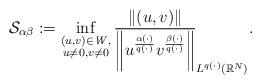
LaTeX: \begin{align*}\mathcal{S}_{\alpha\beta}:= \inf_{\substack{(u,v)\in \mathit{W},\\ u\neq 0, v\ne 0}}\frac{\|(u,v)\|}{\bigg\|u^{\frac{\alpha(\cdot)}{q(\cdot)}}v^{\frac{\beta(\cdot)}{q(\cdot)}}\bigg\|}_{L^{q(\cdot)}(\mathbb{R}^{N})}.\, \, \end{align*}